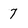
Character: 7